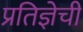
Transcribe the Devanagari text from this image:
प्रतिज्ञेची